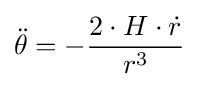
{\ddot {\theta }}=-{\frac {2\cdot H\cdot {\dot {r}}}{r^{3}}}